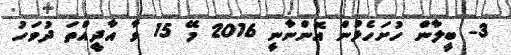
3- ބީލާން ހުށަހެޅުން އޮންނާނީ 2016 މޭ 15 ވާ އާދީއްތަ ދުވަހު